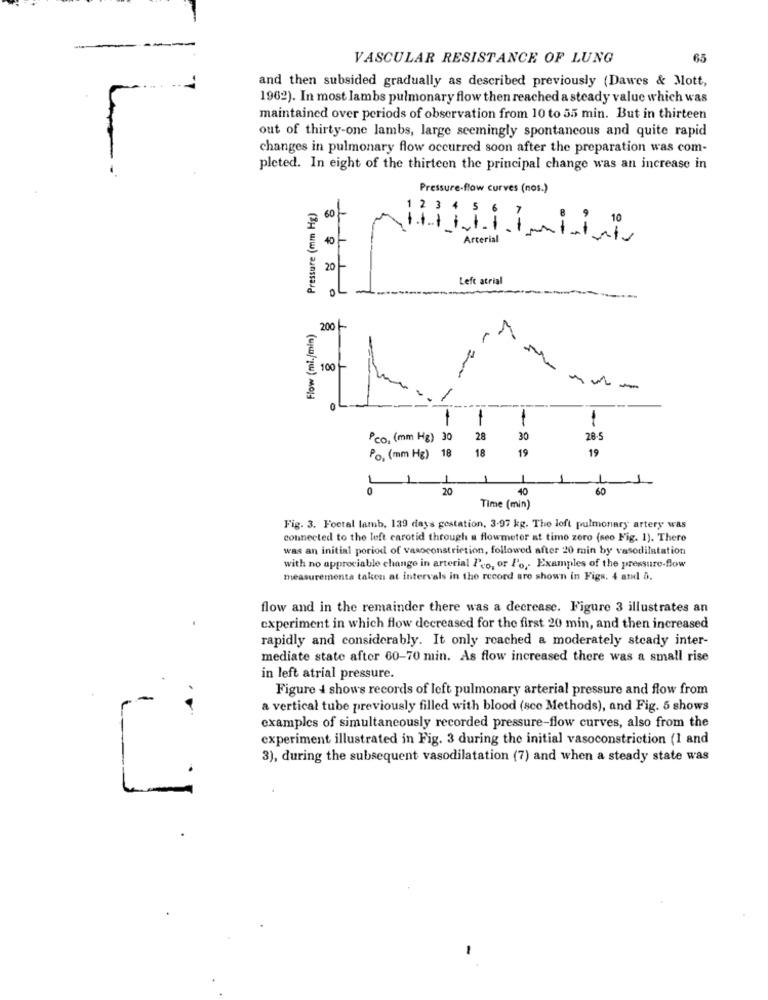
VASCULAR RESISTANCE OF LUNG
65
and then subsided gradually as described previously (Dawes & Mott,
1962). In most lambs pulmonary flow then reached a steady value which was
maintained over periods of observation from 10 to 55 min. But in thirteen
out of thirty-one lambs, large seemingly spontaneous and quite rapid
changes in pulmonary flow occurred soon after the preparation was com-
pleted. In eight of the thirteen the principal change was an increase in
Pressure-flow curves (nos.)
Pressure (mm Hg)
60/-
40
Iiiiiii
Arterial
20
Left atrial
0L
--
Flow (mi./min)
200 -
1
E 100 -
-
OL
-
Pco. (mm Hg) 30
28
30
--
28-5
18
19
19
Po, (mm Hg) 18
1
0
20
40
Time (min)
Fig. 3. Foetal lamb, 139 days gestation, 3-97 kg. The loft pulmonary artery was
connected to the left carotid through a flowmeter at timo zero (seo Fig. 1). There
was an initial poriod of vasoconstriction, followed after 20 min by vasodilatation
with no appreciable change in arterial Pro, or Po ,. Examples of the pressure-flow
measurementa taken at intervals in the record are shown in Figs. 4 and 5.
flow and in the remainder there was a decrease. Figure 3 illustrates an
experiment in which flow decreased for the first 20 min, and then increased
rapidly and considerably. It only reached a moderately steady inter-
mediate state after 60-70 min. As flow increased there was a small rise
in left atrial pressure.
Figure 4 shows records of left pulmonary arterial pressure and flow from
a vertical tube previously filled with blood (sco Methods), and Fig. 5 shows
examples of simultaneously recorded pressure-flow curves, also from the
experiment illustrated in Fig. 3 during the initial vasoconstriction (1 and
3), during the subsequent vasodilatation (7) and when a steady state was